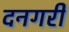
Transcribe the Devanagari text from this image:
दनगरी